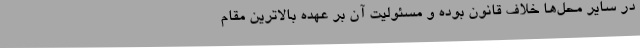
در سایر محل‌ها خلاف قانون بوده و مسئولیت آن بر عهده بالاترین مقام